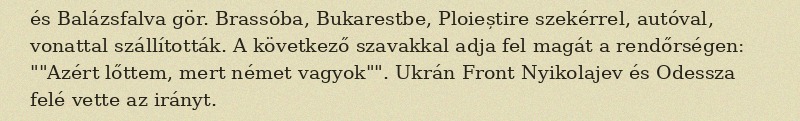
és Balázsfalva gör. Brassóba, Bukarestbe, Ploieștire szekérrel, autóval, vonattal szállították. A következő szavakkal adja fel magát a rendőrségen: ""Azért lőttem, mert német vagyok"". Ukrán Front Nyikolajev és Odessza felé vette az irányt.